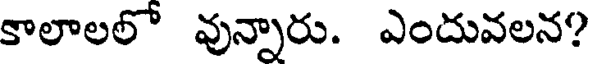
కాలాలలో వున్నారు. ఎందువలన?